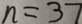
n = 3 7